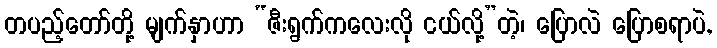
တပည့်တော်တို့ မျက်နှာဟာ “ဇီးရွက်ကလေးလို ငယ်လို့”တဲ့၊ ပြောလဲ ပြောစရာပဲ,